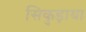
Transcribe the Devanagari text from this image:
सिकुड़ाया